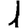
Digit: 1